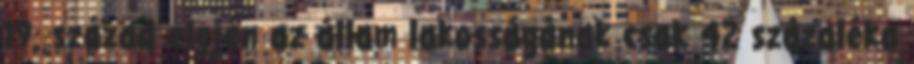
19. század elején az állam lakosságának csak 42 százaléka